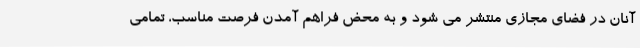
آنان در فضای مجازی منتشر می شود و به محض فراهم آمدن فرصت مناسب، تمامی